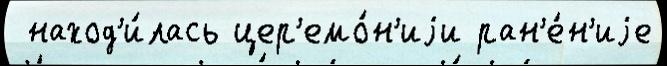
 наход'и́лась цер'емо́н'иjи ран'е́н'иjе